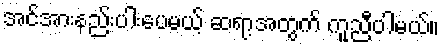
အင်အားနည်းပါးပေမယ့် ဆရာ့အတွက် ကူညီပါမယ်။